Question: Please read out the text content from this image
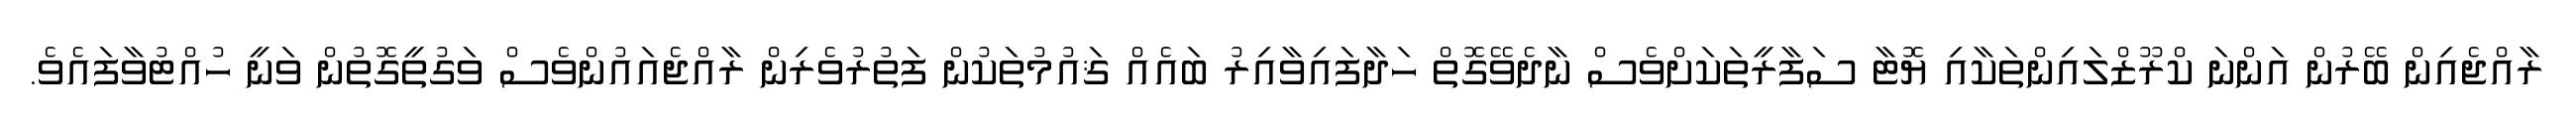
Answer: ރާއްޖެއިން ބޭރުން އަންނަ ކްރޫޒްލައިންތަކާއި ޔޮޓާ ސަފާރީތަކަށްވެސް ނާދެވޭގޮތް ހަދާފައިވާއިރު ބައެއް ޤައުމުތަކުން ފަތުރުވެރިން ރާއްޖެއައުންވެސް ވަގުތީގޮތުން ވަނީ ހުއްޓުވާފައެވެ.